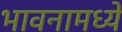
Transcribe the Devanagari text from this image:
भावनामध्ये